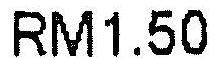
RM1.50